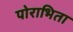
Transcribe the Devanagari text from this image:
पोराभिता